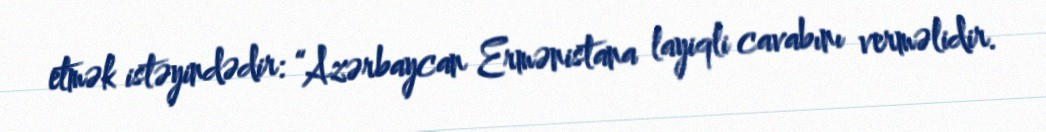
etmək istəyindədir: “Azərbaycan Ermənistana layiqli cavabını verməlidir.